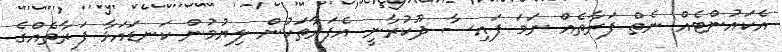
އެކައުންޓެއް ނެތް ފަރާތެއް ނަމަ ފައިސާ ދޫކުރާނީ އެފަރާތަކުން ލިޔުމުން ކަނޑައަޅާ ފަރާތެއްގެ